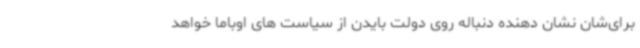
برای‌شان نشان دهنده دنباله روی دولت بایدن از سیاست های اوباما خواهد